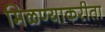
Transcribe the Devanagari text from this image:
मिळण्याकरीता